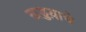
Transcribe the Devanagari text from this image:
खड्डय़ाचे